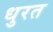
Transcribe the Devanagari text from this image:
धुरत